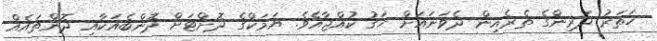
ހަތަރު ދަރިންގެ ތެރެއިން ދެވަނައަށް ހަގު ކުއްޖާއެވެ. ޔަމަކްގެ ދޮށްޓަށް ދޮންބެއަކާއި ދޮންތައެއް